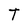
Character: T